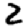
Digit: 2